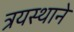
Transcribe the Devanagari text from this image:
त्रयस्थाने